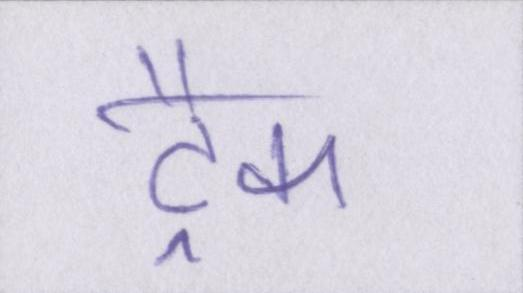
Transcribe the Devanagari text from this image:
ट्रैक